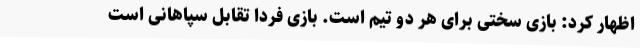
اظهار کرد: بازی سختی برای هر دو تیم است. بازی فردا تقابل سپاهانی است